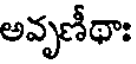
అవృణీథాః